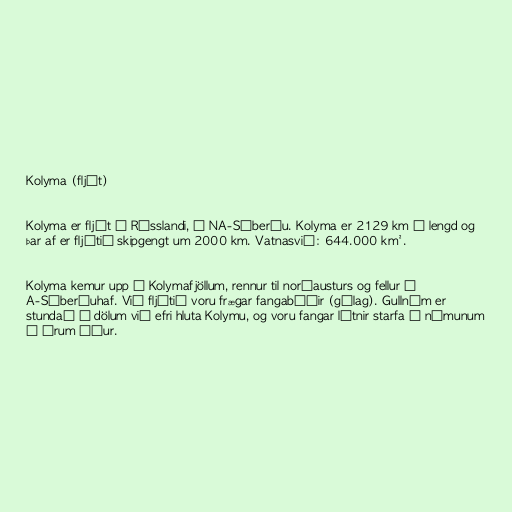
Kolyma (fljót)

Kolyma er fljót í Rússlandi, í NA-Síberíu. Kolyma er 2129 km á lengd og
þar af er fljótið skipgengt um 2000 km. Vatnasvið: 644.000 km².

Kolyma kemur upp í Kolymafjöllum, rennur til norðausturs og fellur í
A-Síberíuhaf. Við fljótið voru frægar fangabúðir (gúlag). Gullnám er
stundað í dölum við efri hluta Kolymu, og voru fangar látnir starfa í námunum
á árum áður.